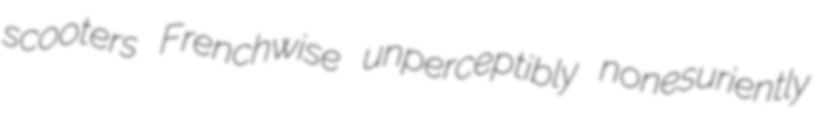
scooters Frenchwise unperceptibly nonesuriently